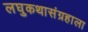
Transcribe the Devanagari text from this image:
लघुकथासंग्रहाला